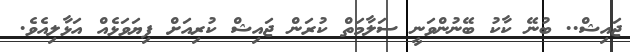
ޖައިޝް.. ބުނޭ ކާކު ބޭނުންވަނީ ސަލާމަތް ކުރަން ޖައިޝް ކުރިއަށް ފިޔަވަޅެއް އަޅާލިއެވެ.